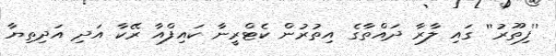
''ފިތޫރު'' ގައި ލާރާ ދައްތާގެ އިތުރުން ކެޓްރީނާ ކައިފްއާ ރޭކާ އަދި އަދިތިޔާ